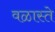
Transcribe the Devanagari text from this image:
वळास्ते